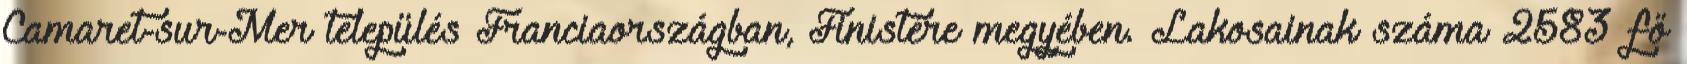
Camaret-sur-Mer település Franciaországban, Finistère megyében. Lakosainak száma 2583 fő